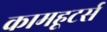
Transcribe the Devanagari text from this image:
कामहूटर्स